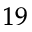
^ { 1 9 }